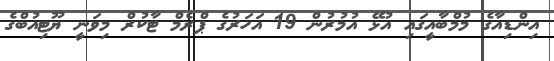
އިންޑިއާގެ މުމްބާއީގައި އުޅޭ އުމުރުން 19 އަހަރުގެ ޕްރެމް ޓާކުރް މިވަނީ ޔޫޓިއުބްގެ